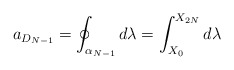
\begin{align*}a_{D_{N-1}} = \oint_{\alpha_{N-1}} d\lambda =\int_{X_0}^{X_{2N}} d\lambda\end{align*}